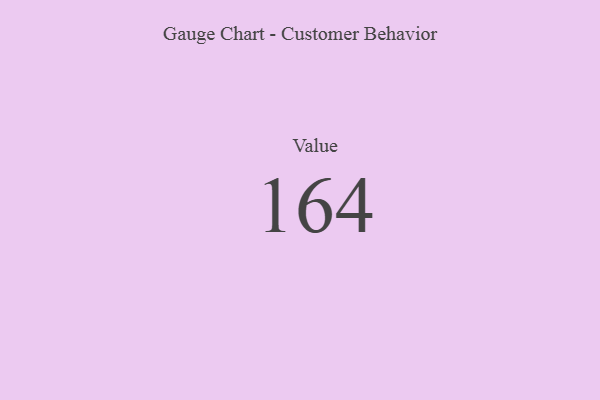
{"axis": {"x": "Metric", "y": "Value"}, "legend": [""], "data": [{"x": "Value", "y": 164, "type": ""}]}